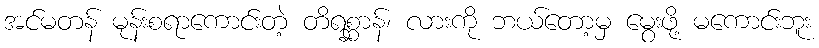
အင်မတန် မုန်းစရာကောင်းတဲ့ တိရစ္ဆာန်၊ လားကို ဘယ်တော့မှ မွေးဖို့ မကောင်းဘူး